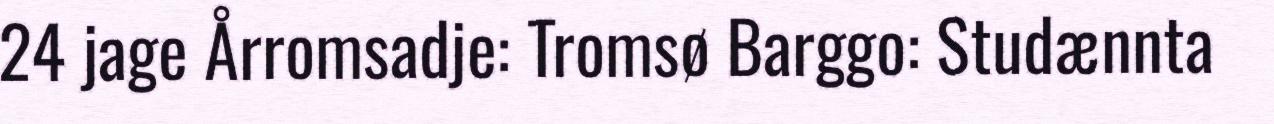
24 jage Årromsadje: Tromsø Barggo: Studænnta